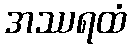
အဿရထံ